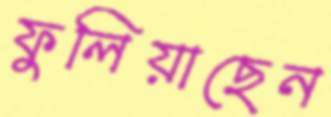
ফুলিয়াছেন